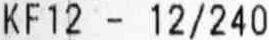
KF12 - 12/240